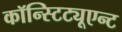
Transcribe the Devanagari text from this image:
कॉन्स्टिट्यूएन्ट